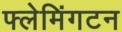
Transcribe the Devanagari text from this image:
फ्लेमिंगटन